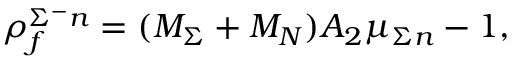
\rho _ { f } ^ { \Sigma ^ { - } n } = ( M _ { \Sigma } + M _ { N } ) A _ { 2 } \mu _ { \Sigma n } - 1 ,